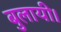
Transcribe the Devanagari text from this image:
बुलायी।